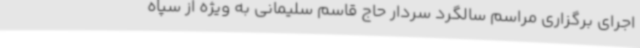
اجرای برگزاری مراسم سالگرد سردار حاج قاسم سلیمانی به ویژه از سپاه